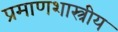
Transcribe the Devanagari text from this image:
प्रमाणशास्त्रीय